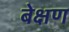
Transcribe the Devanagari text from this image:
बेक्षण